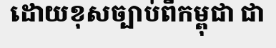
ដោយខុសច្បាប់ពីកម្ពុជា ជា